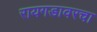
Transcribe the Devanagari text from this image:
रायगडावरचा